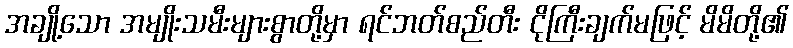
အချို့သော အမျိုးသမီးများစွာတို့မှာ ရင်ဘတ်စည်တီး ငိုကြီးချက်မဖြင့် မိမိတို့၏